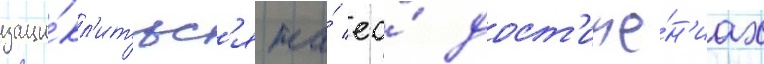
заци́кл'итьс'я на́ ео́ дост'иже́н'иах